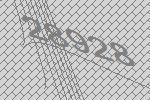
28928